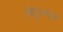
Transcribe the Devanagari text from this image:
बिंदुरूपात